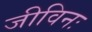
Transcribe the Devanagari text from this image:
जीविनः